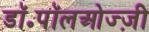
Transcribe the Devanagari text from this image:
डॉ॰पॉलओज्ज़ी